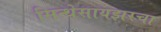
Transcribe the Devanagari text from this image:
सिन्थेसायझरचा